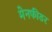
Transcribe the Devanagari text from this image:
मेनफीडर